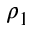
\rho _ { 1 }